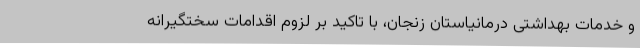
و خدمات بهداشتی درمانیاستان زنجان، با تاکید بر لزوم اقدامات سختگیرانه